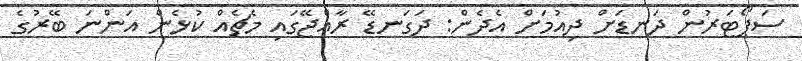
ސަޕޯޓަރުން ދަނޑަށް ދިއުމަށް އެދެން: ދަގަނޑޭ ރާއްޖޭގައި މެޗެއް ކުޅެން އަންނަ ބޭރުގެ